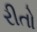
રીતો